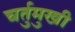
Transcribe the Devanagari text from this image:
चर्तुमुखी